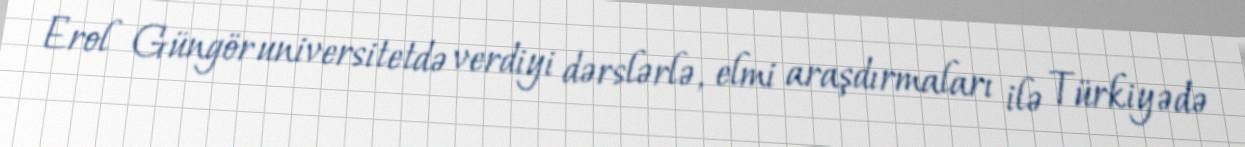
Erol Güngör universitetdə verdiyi dərslərlə, elmi araşdırmaları ilə Türkiyədə